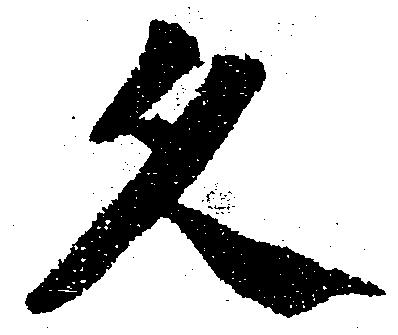
久